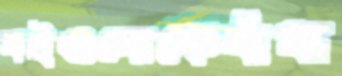
বইগুলোকেবাঁধা